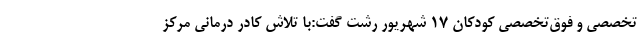
تخصصی و فوق‌تخصصی کودکان ۱۷ شهریور رشت گفت:با تلاش کادر درمانی مرکز